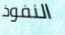
النفوذ